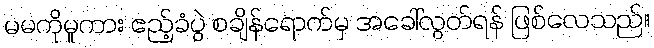
မမကိုမူကား ဧည့်ခံပွဲ စချိန်ရောက်မှ အခေါ်လွတ်ရန် ဖြစ်လေသည်။